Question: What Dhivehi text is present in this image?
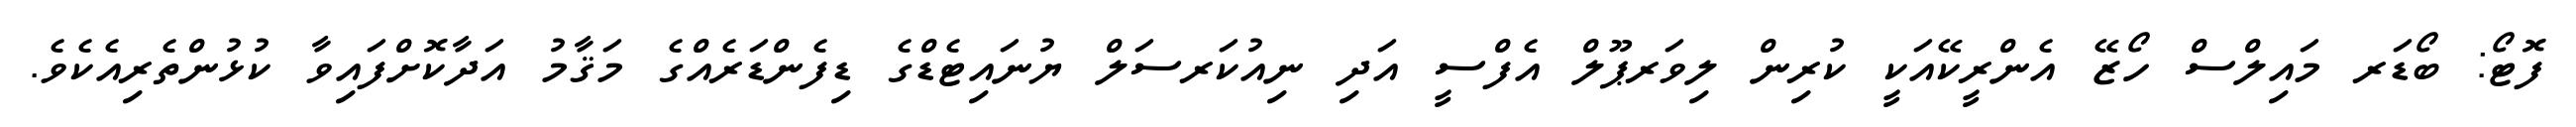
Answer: ފޮޓޯ: ބޯޑަރ މައިލްސް ހޯޒޭ އެންރީކޭއަކީ ކުރިން ލިވަރޕޫލް އެފްސީ އަދި ނިއުކަރސަލް ޔުނައިޓެޑްގެ ޑިފެންޑަރެއްގެ މަޤާމު އަދާކޮށްފައިވާ ކުޅުންތެރިއެކެވެ.